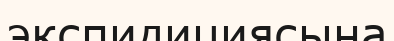
экспидициясына